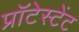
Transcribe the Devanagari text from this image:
प्रॉटेस्टेंट